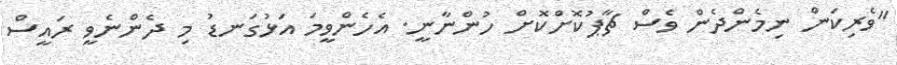
"ވެރިކަން ނިމެންދެން ވެސް ޗާޕުކޮށްކޮށް ހުންނާނީ. އެހެންވީމަ އަޅުގަނޑު މި ދެންނެވީ ރައީސް